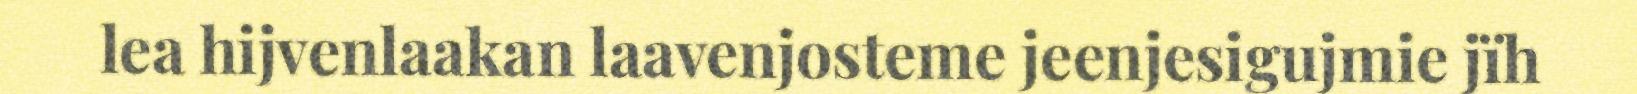
lea hijvenlaakan laavenjosteme jeenjesigujmie jïh